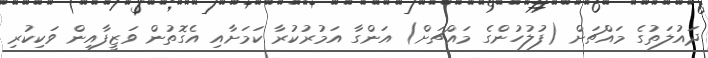
ދައުލަތުގެ މައްޗަށް (ފުލުހުންގެ މައްޗަށް) އަންގާ އަމުރުކުރާ ކަމަށާއި އެގޮތުން ވަޒީފާއިން ވަކިކުރި